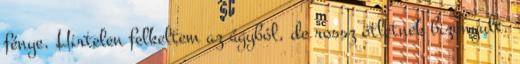
fénye. Hirtelen felkeltem az ágyból, de rossz ötletnek bizonyult.